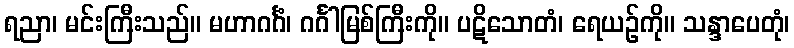
ရညာ၊ မင်းကြီးသည်။ မဟာဂင်္ဂံ၊ ဂင်္ဂါမြစ်ကြီးကို။ ပဋိသောတံ၊ ရေယဉ်ကို။ သန္ဒာပေတုံ၊